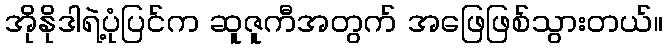
အိုနိုဒါရဲ့ပုံပြင်က ဆူဇူကီအတွက် အဖြေဖြစ်သွားတယ်။